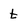
Character: t